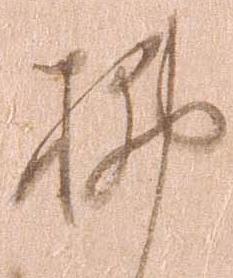
払